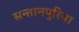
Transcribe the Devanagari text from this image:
सन्तानपुरिया